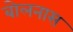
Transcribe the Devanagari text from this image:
बोलनास